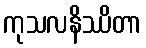
ကုသလနိဿိတာ